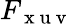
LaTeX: F_{\mathrm{~x~u~v~}}